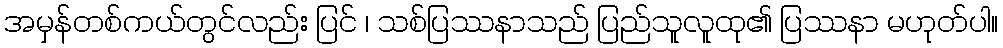
အမှန်တစ်ကယ်တွင်လည်း ပြင် ၊ သစ်ပြဿနာသည် ပြည်သူလူထု၏ ပြဿနာ မဟုတ်ပါ။